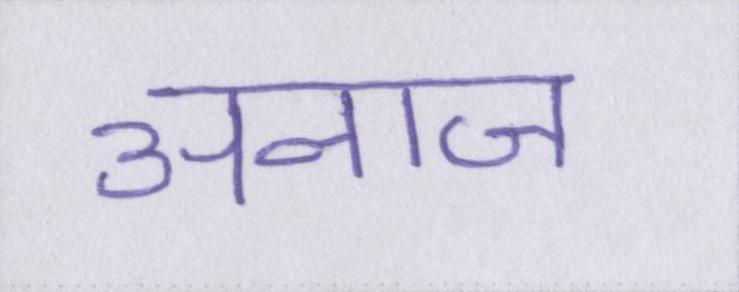
अनाज